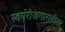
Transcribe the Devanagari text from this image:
स्वयंरोजगारातील